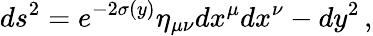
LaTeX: ds^{2}=e^{-2\sigma(y)}\eta_{\mu\nu}dx^{\mu}dx^{\nu}-dy^{2}\, ,